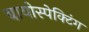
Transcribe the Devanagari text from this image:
बायोस्पेक्‍टिंग